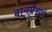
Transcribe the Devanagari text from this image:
बानप्रेस्टो